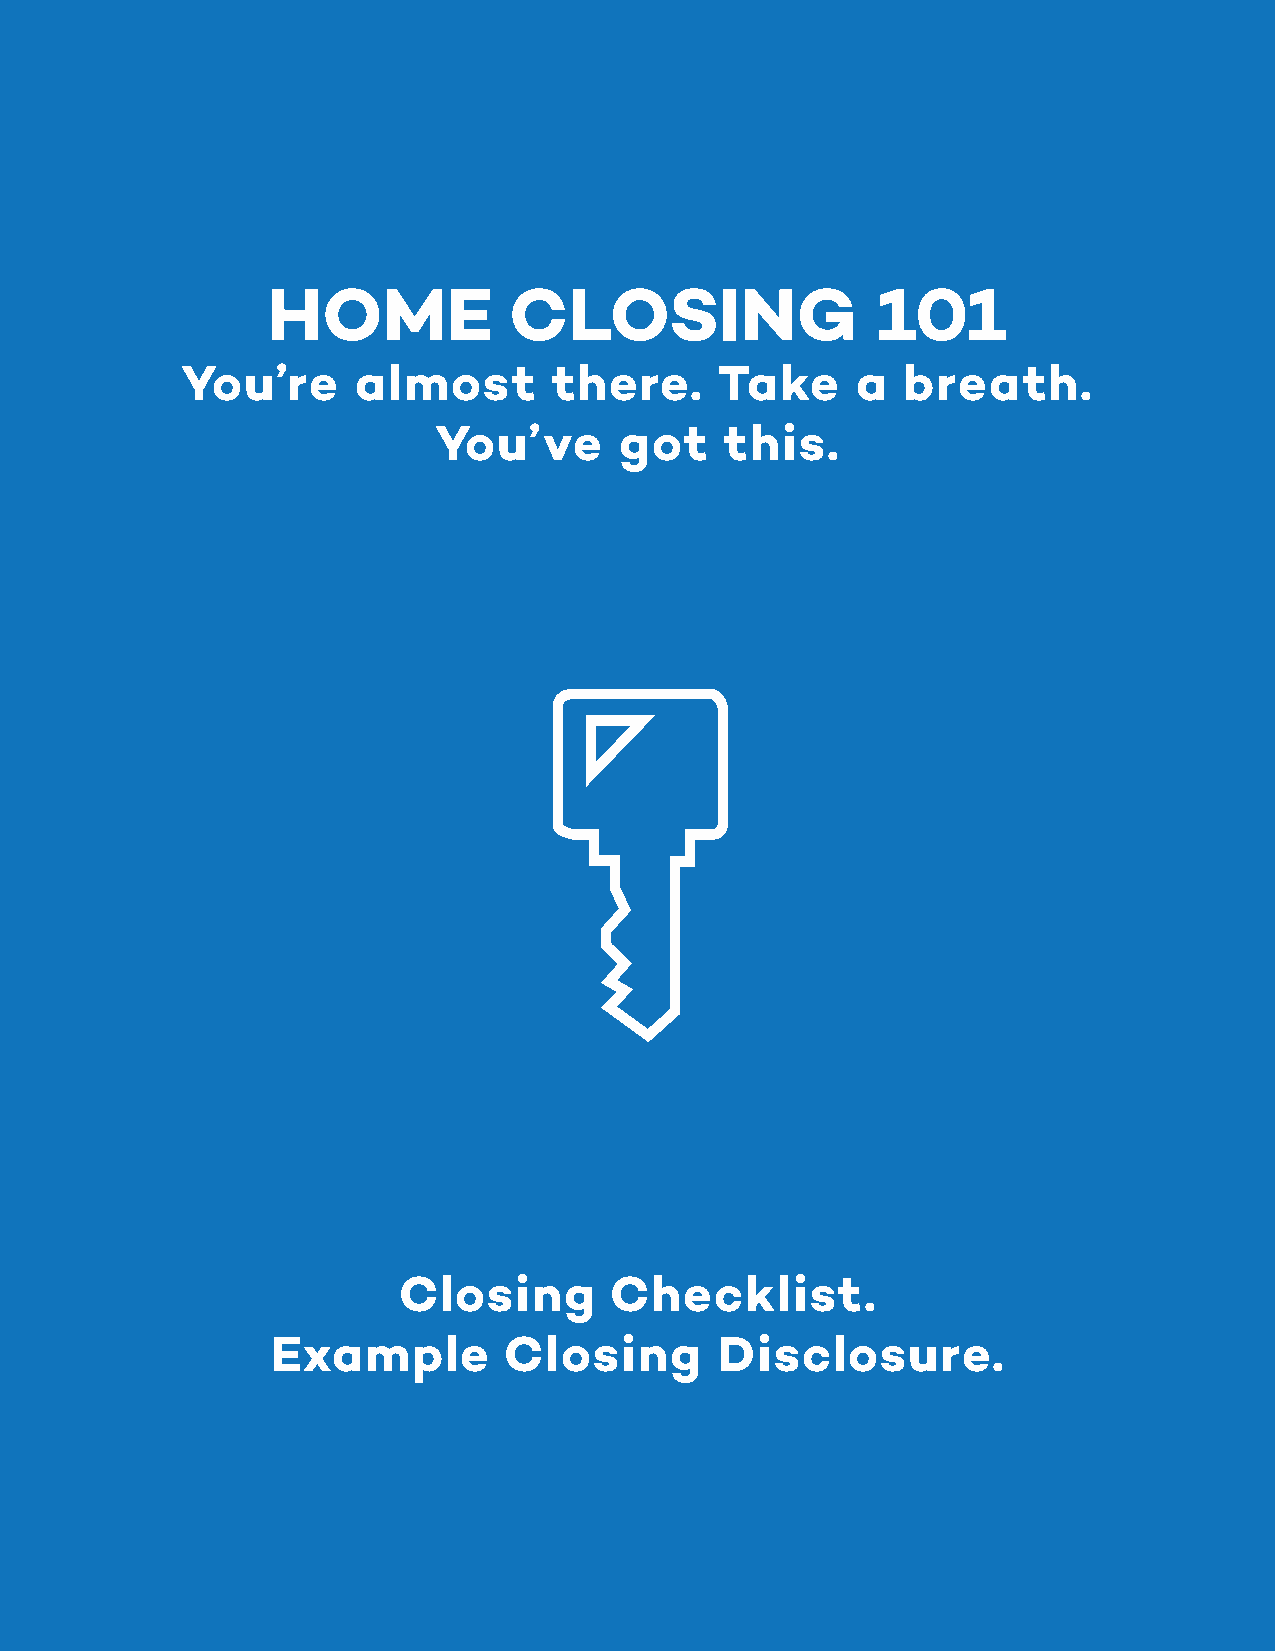
HOME            CLOSING                 101
 You’re      almost       there.     Take     a  breath.
 You’ve      got    this.
 Closing       Checklist.
 Example        Closing        Disclosure.